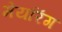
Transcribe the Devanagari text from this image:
मेयरिंग